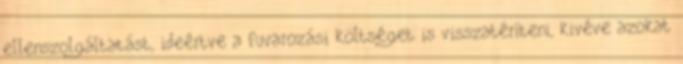
ellenszolgáltatást, ideértve a fuvarozási költséget is visszatéríteni, kivéve azokat